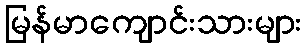
မြန်မာကျောင်းသားများ